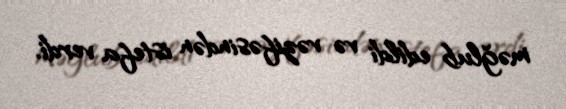
məğlub edildi və vəzifəsindən istefa verdi.